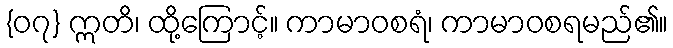
{၀၇} ဣတိ၊ ထို့ကြောင့်။ ကာမာဝစရံ၊ ကာမာဝစရမည်၏။